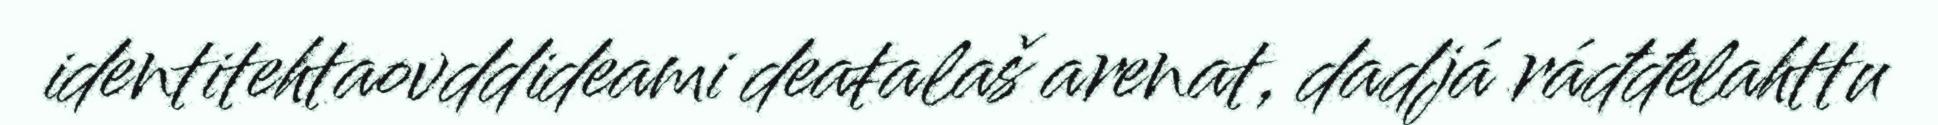
identitehtaovddideami deaŧalaš arenat, dadjá ráđđelahttu